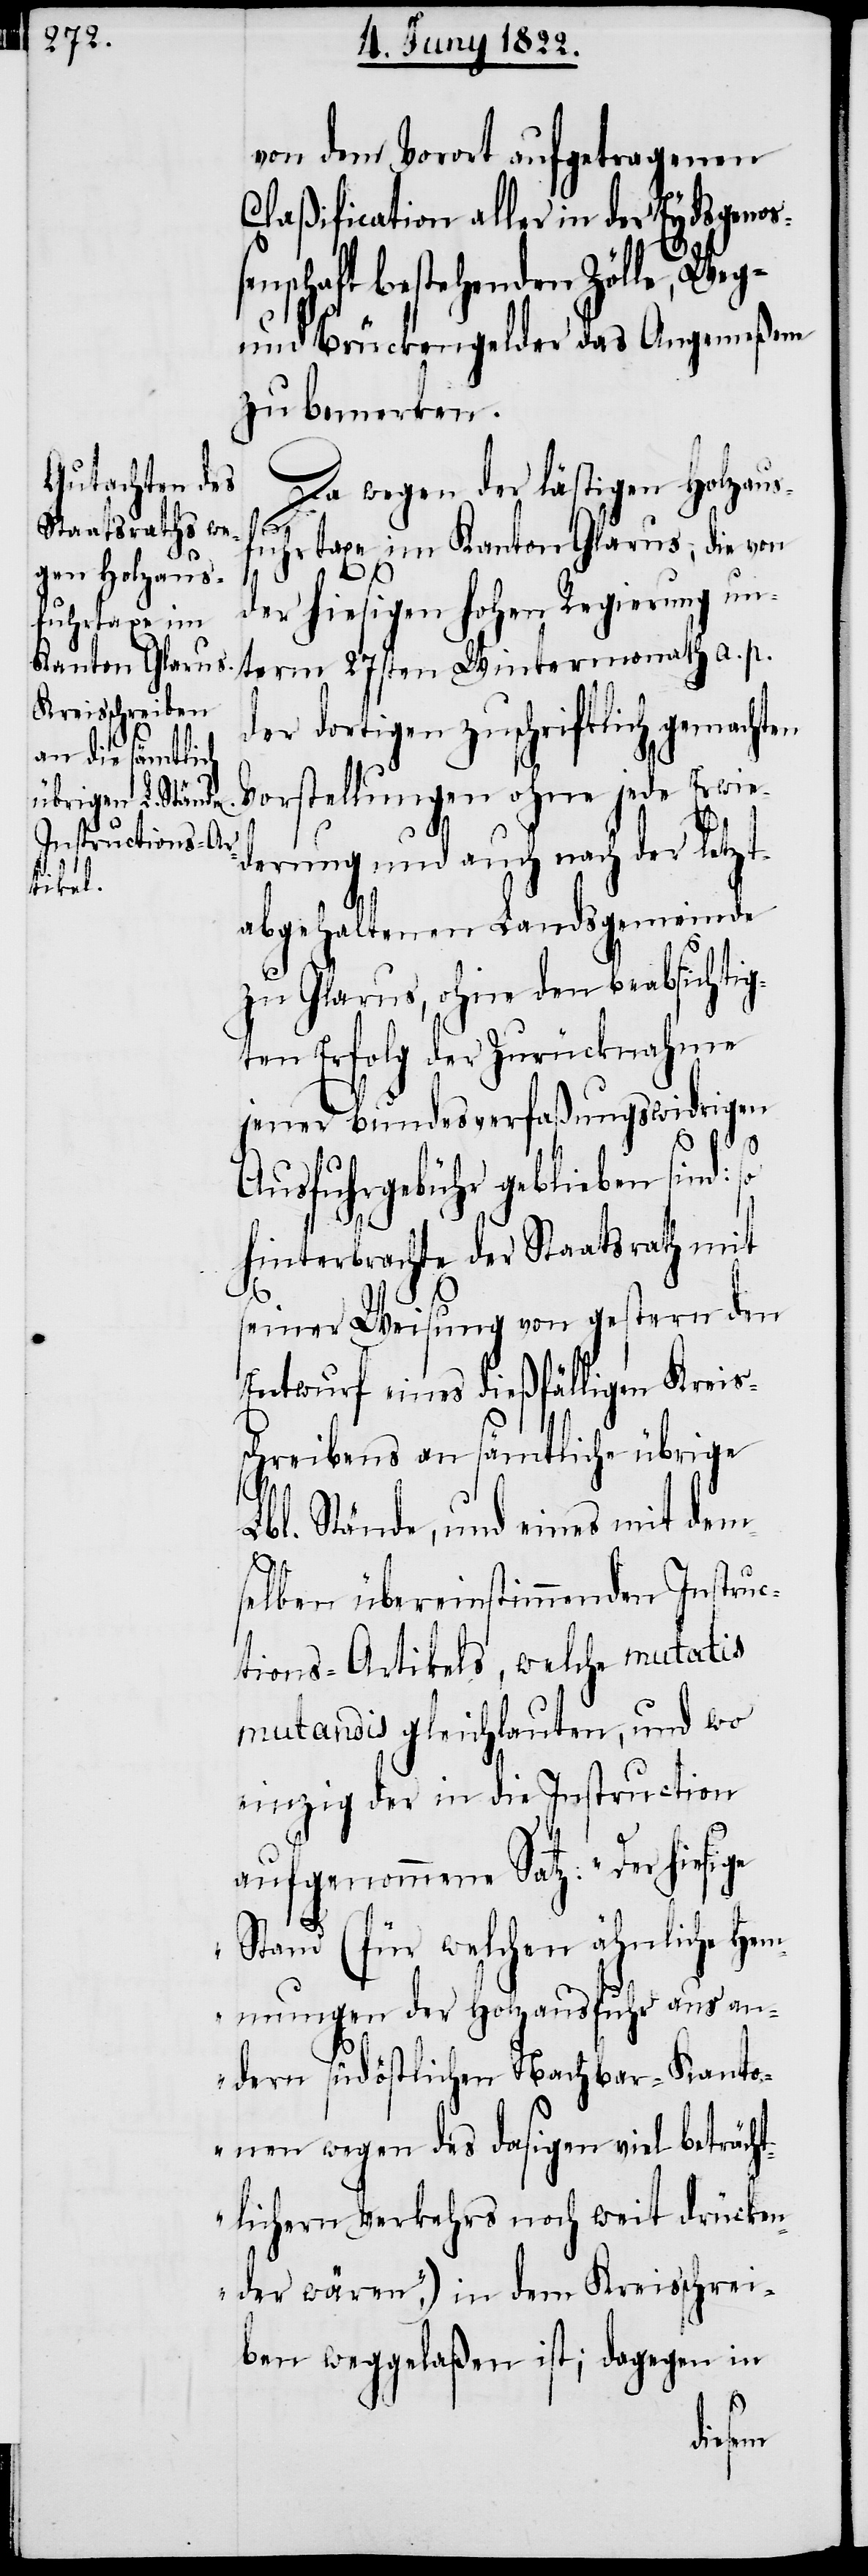
von dem Vorort aufgetragenen
Claßification aller in der Eydsgenoß¬
schaft bestehenden Zölle, Weg-
und Brückengelder das Angemeßene
zu bemerken.
Da wegen der lästigen Holzaus¬
fuhrtaxe im Kanton Glarus, die von
der hiesigen hohen Regierung un¬
term 27sten Wintermonath a. p.
der dortigen zuschriftlich gemachten
Vorstellungen ohne jede Erwie¬
derung und auch nach der letzt¬
abgehaltenen Landsgemeinde
zu Glarus, ohne den beabsichtig¬
ten Erfolg der Zurücknahme
jener bundesverfaßungswidrigen
Ausfuhrgebühr geblieben sind:
hinterbrachte der Staatsrath mit
seiner Weisung von gestern den
Entwurf eines dießfälligen Kreis¬
schreibens an sämtliche übrige
Lbl. Stände, und eines mit dem¬
selben übereinstimmenden Instruc¬
tions-Artikels, welche mutatis
mutandis gleichlauten, und wo
einzig der in die Instruction
aufgenommene Satz: „Der hiesige
Stand (für welchen ähnliche Hem¬
mungen der Holzausfuhr aus an¬
dern südöstlichen Nachbar-Kanto¬
nen wegen des dasigen viel beträcht¬
lichern Verkehrs noch weit drücken¬
der wären“,) in dem Kreisschrei¬
ben weggelaßen ist; dagegen in
en¬